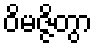
ဝိမဇ္ဇိတွာ